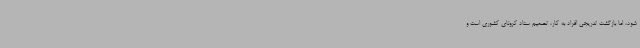
شود، اما بازگشت تدریجی افراد به کار، تصمیم ستاد کرونای کشوری است و